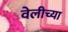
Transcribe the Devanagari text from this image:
वेलीच्या